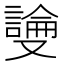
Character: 𫩎